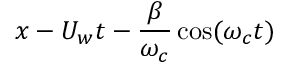
x - U _ { w } t - \frac { \beta } { \omega _ { c } } \cos ( \omega _ { c } t )